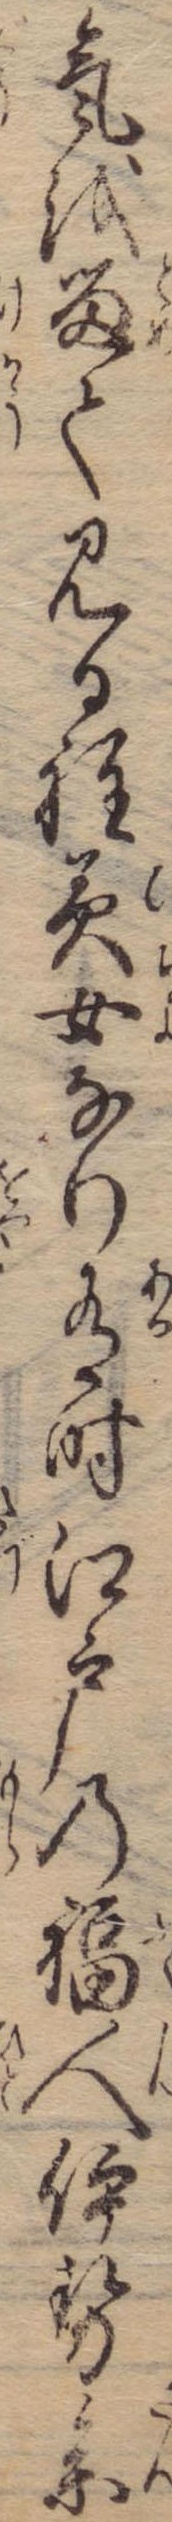
気を留て見る程美女なり有時江戸の福人伊勢参